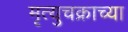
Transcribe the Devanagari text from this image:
मृत्युचक्राच्या